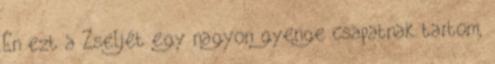
Én ezt a Zseljét egy nagyon gyenge csapatnak tartom,